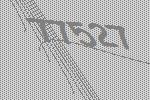
77527